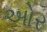
ઓર